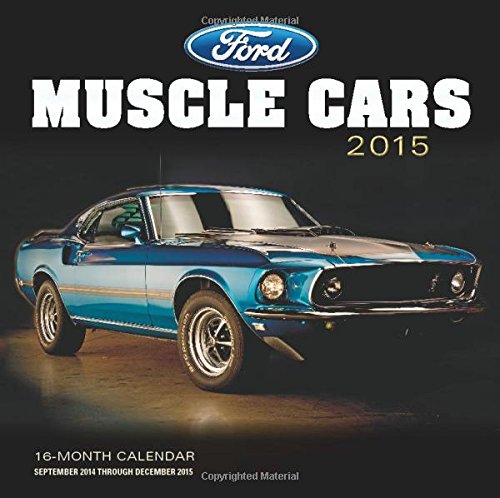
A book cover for Ford Muscle Cars 2015: 16-Month Calendar September 2014 through December 2015; Calendars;